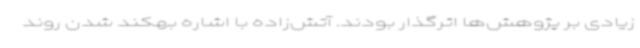
زیادی بر پژوهش‌ها اثرگذار بودند. آتش‌زاده با اشاره بهکند شدن روند